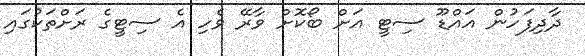
ދާދިފަހުން އައްޑޫ ސިޓީ އަށް ބޯކޮށް ވާރޭ ވެހި އެ ސިޓީގެ ރަށްތަކުގައި